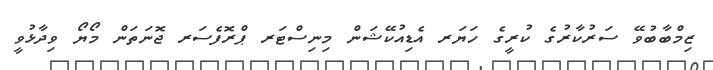
ޒިމްބާބުވޭ ސަރުކާރުގެ ކުރީގެ ހަޔަރ އެޑިއުކޭޝަން މިނިސްޓަރ ޕްރޮފެސަރ ޖޮނަތަން މޯޔޯ ވިދާޅުވީ